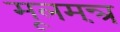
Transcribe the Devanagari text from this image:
मूलमन्त्रं